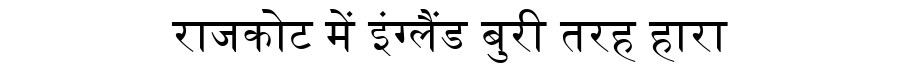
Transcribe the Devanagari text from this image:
राजकोट में इंग्लैंड बुरी तरह हारा